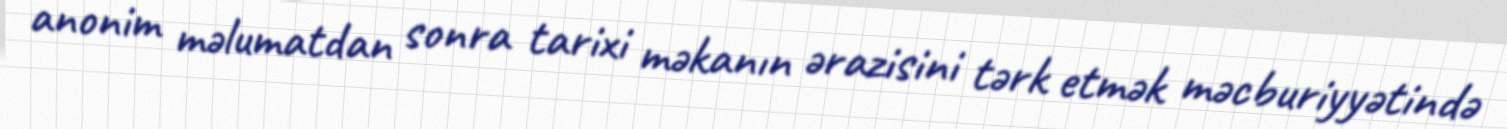
anonim məlumatdan sonra tarixi məkanın ərazisini tərk etmək məcburiyyətində